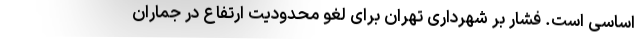
اساسی است. فشار بر شهرداری تهران برای لغو محدودیت ارتفاع در جماران